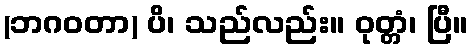
(ဘဂဝတာ) ပိ၊ သည်လည်း။ ဝုတ္တံ၊ ပြီ။